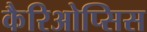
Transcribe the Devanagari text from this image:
कैरिओप्सिस